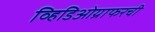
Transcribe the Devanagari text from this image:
व्हिडिओग्राफरची